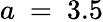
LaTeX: a\ =\ 3.5